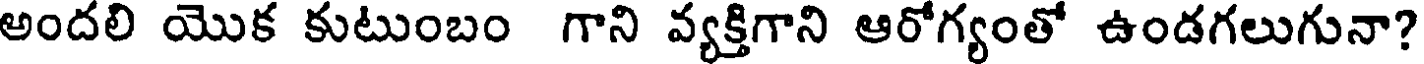
అందలి యొక కుటుంబం గాని వ్యక్తిగాని ఆరోగ్యంతో ఉండగలుగునా?